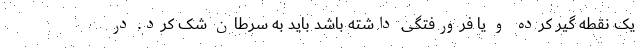
یک نقطه گیر کرده و یا فرورفتگی داشته باشد باید به سرطان شک کرد. در